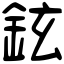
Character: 鉉